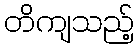
တိကျသည့်